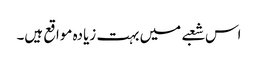
اس شعبے میں بہت زیادہ مواقع ہیں۔